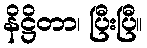
နိဋ္ဌိတာ၊ ပြီးပြီ။